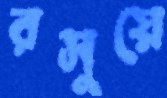
রসুয়ে